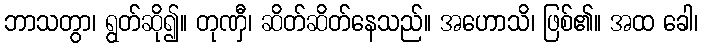
ဘာသတွာ၊ ရွတ်ဆို၍။ တုဏှီ၊ ဆိတ်ဆိတ်နေသည်။ အဟောသိ၊ ဖြစ်၏။ အထ ခေါ၊